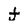
Character: j